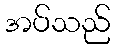
အပ်သည်